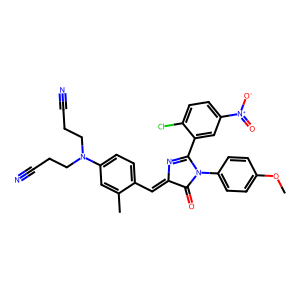
SMILES: COc1ccc(N2C(=O)C(=Cc3ccc(N(CCC#N)CCC#N)cc3C)N=C2c2cc([N+](=O)[O-])ccc2Cl)cc1
Inhibits HIV replication: No